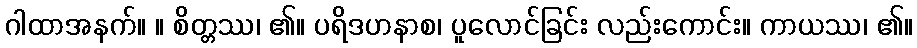
ဂါထာအနက်။ ။ စိတ္တဿ၊ ၏။ ပရိဒဟနာစ၊ ပူလောင်ခြင်း လည်းကောင်း။ ကာယဿ၊ ၏။